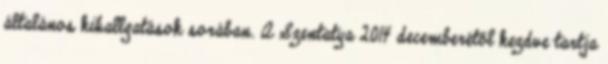
általános kihallgatások sorában. A Szentatya 2014 decemberétől kezdve tartja